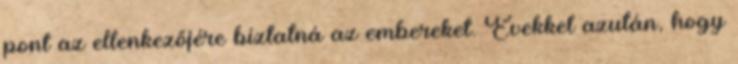
pont az ellenkezőjére bíztatná az embereket. Évekkel azután, hogy